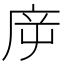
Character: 㡿